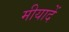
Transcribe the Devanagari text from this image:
मीयादें